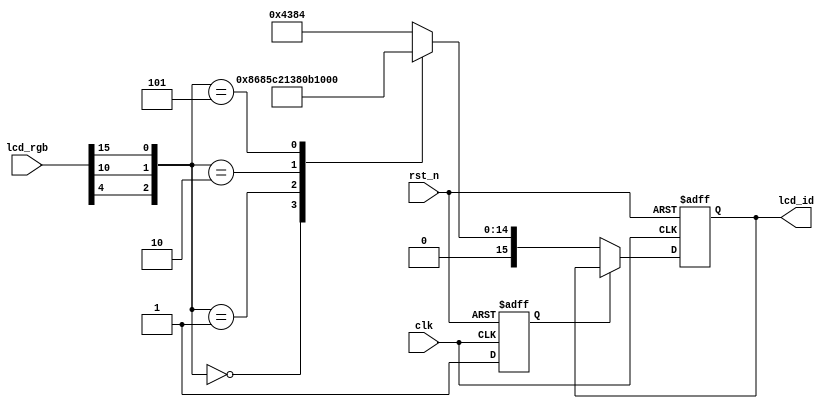
//****************************************Copyright (c)***********************************//
//www.yuanzige.com
//www.openedv.com
//http://openedv.taobao.com
//""ZYNQ & FPGA & STM32 & LINUX
//
//Copyright(C)  2018-2028
//All rights reserved
//----------------------------------------------------------------------------------------
// File name:           rd_id
// Last modified Date:  2020/05/04 9:19:08
// Last Version:        V1.0
// Descriptions:        lcd id
//                      
//----------------------------------------------------------------------------------------
// Created by:          
// Created date:        2019/05/04 9:19:08
// Version:             V1.0
// Descriptions:        The original version
//
//----------------------------------------------------------------------------------------
//****************************************************************************************//

module rd_id(
    input                   clk    ,    //
    input                   rst_n  ,    //
    input           [15:0]  lcd_rgb,    //RGB LCD,ID
    output   reg    [15:0]  lcd_id      //LCDID
    );

//reg define
reg            rd_flag;  //ID
//*****************************************************
//**                    main code
//*****************************************************

//LCD ID   M2:B4  M1:G5  M0:R4
always @(posedge clk or negedge rst_n) begin
    if(!rst_n) begin
        rd_flag <= 1'b0;
        lcd_id <= 16'd0;
    end    
    else begin
        if(rd_flag == 1'b0) begin
            rd_flag <= 1'b1; 
            case({lcd_rgb[4],lcd_rgb[10],lcd_rgb[15]})
                3'b000 : lcd_id <= 16'h4342;    //4.3' RGB LCD  RES:480x272
                3'b001 : lcd_id <= 16'h7084;    //7'   RGB LCD  RES:800x480
                3'b010 : lcd_id <= 16'h7016;    //7'   RGB LCD  RES:1024x600
                3'b100 : lcd_id <= 16'h4384;    //4.3' RGB LCD  RES:800x480
                3'b101 : lcd_id <= 16'h1018;    //10'  RGB LCD  RES:1280x800
                default : lcd_id <= 16'h4384;
            endcase    
        end
    end    
end

endmodule